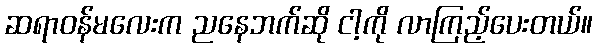
ဆရာဝန်မလေးက ညနေဘက်ဆို ငါ့ကို လာကြည့်ပေးတယ်။